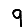
Digit: 9